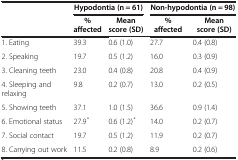
<table><thead><tr><td><b> </b></td><td colspan="2"><b>Hypodontia (n = 61)</b></td><td colspan="2"><b>Non-hypodontia (n = 98)</b></td></tr><tr><td><b> </b></td><td><b>% affected</b></td><td><b>Mean score (SD)</b></td><td><b>% affected</b></td><td><b>Mean score (SD)</b></td></tr></thead><tbody><tr><td>1. Eating</td><td>39.3</td><td>0.6 (1.0)</td><td>27.7</td><td>0.4 (0.8)</td></tr><tr><td>2. Speaking</td><td>19.7</td><td>0.5 (1.2)</td><td>16.0</td><td>0.3 (0.9)</td></tr><tr><td>3. Cleaning teeth</td><td>23.0</td><td>0.4 (0.8)</td><td>20.8</td><td>0.4 (0.9)</td></tr><tr><td>4. Sleeping and relaxing</td><td>9.8</td><td>0.2 (0.7)</td><td>13.0</td><td>0.2 (0.5)</td></tr><tr><td>5. Showing teeth</td><td>37.1</td><td>1.0 (1.5)</td><td>36.6</td><td>0.9 (1.4)</td></tr><tr><td>6. Emotional status</td><td>27.9<sup><i>*</i></sup></td><td>0.6 (1.2)<sup><i>*</i></sup></td><td>14.0</td><td>0.2 (0.7)</td></tr><tr><td>7. Social contact</td><td>19.7</td><td>0.5 (1.2)</td><td>11.9</td><td>0.2 (0.7)</td></tr><tr><td>8. Carrying out work</td><td>11.5</td><td>0.2 (0.8)</td><td>8.9</td><td>0.2 (0.6)</td></tr></tbody></table>